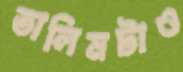
তালিমটাও